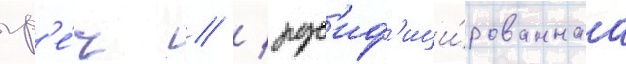
гр'е́ч // / рус'иф'ици́рованнаа